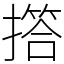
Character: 撘